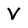
Character: V